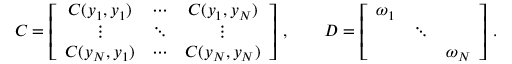
\boldsymbol C = \left[ \begin{array} { c c c } { C ( y _ { 1 } , y _ { 1 } ) } & { \cdots } & { C ( y _ { 1 } , y _ { N } ) } \\ { \vdots } & { \ddots } & { \vdots } \\ { C ( y _ { N } , y _ { 1 } ) } & { \cdots } & { C ( y _ { N } , y _ { N } ) } \end{array} \right] \, , \qquad \boldsymbol D = \left[ \begin{array} { c c c } { \omega _ { 1 } } & & \\ & { \ddots } & \\ & & { \omega _ { N } } \end{array} \right] \, .